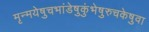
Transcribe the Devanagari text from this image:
मृन्मयेषुचभांडेषुकुंभेषुरुचकेषुवा